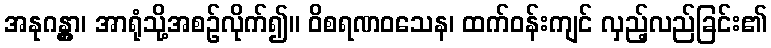
အနုဂန္တွာ၊ အာရုံသို့အစဉ်လိုက်၍။ ဝိစရဏဝသေန၊ ထက်ဝန်းကျင် လှည့်လည်ခြင်း၏